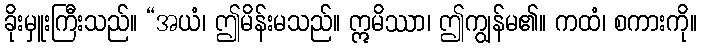
ခိုးမှူးကြီးသည်။ “အယံ၊ ဤမိန်းမသည်။ ဣမိဿာ၊ ဤကျွန်မ၏။ ကထံ၊ စကားကို။